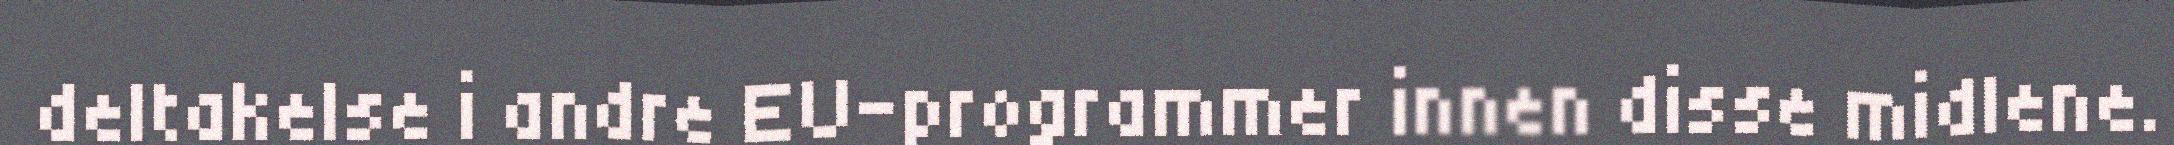
deltakelse i andre EU-programmer innen disse midlene.